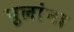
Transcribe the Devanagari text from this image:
पूलांना